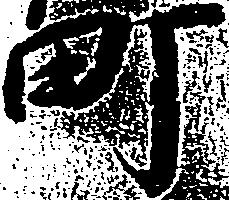
町